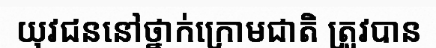
យុវជននៅថ្នាក់ក្រោមជាតិ ត្រូវបាន